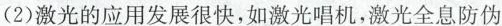
(2)激光的应用发展很快，如激光唱机，激光全息防伪